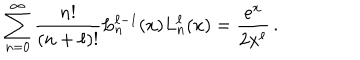
LaTeX: \sum _ { n = 0 } ^ { \infty } \frac { n ! } { ( n + \ell ) ! } L _ { n } ^ { \ell - 1 } ( x ) L _ { n } ^ { \ell } ( x ) = \frac { e ^ { x } } { 2 x ^ { \ell } } \, .